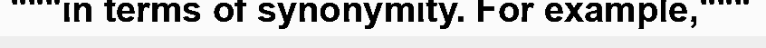
"""in terms of synonymity. For example,"""